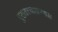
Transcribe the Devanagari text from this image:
पुरातत्त्वशास्त्रास